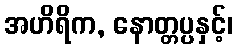
အဟိရိက, နောတ္တပ္ပနှင့်၊